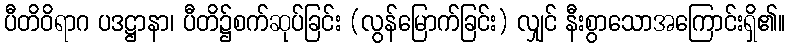
ပီတိဝိရာဂ ပဒဋ္ဌာနာ၊ ပီတိ၌စက်ဆုပ်ခြင်း (လွန်မြောက်ခြင်း) လျှင် နီးစွာသောအကြောင်းရှိ၏။